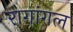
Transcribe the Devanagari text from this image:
रागांगल